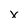
Character: x